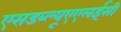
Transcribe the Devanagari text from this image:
एसडब्ल्यूएएलईसी